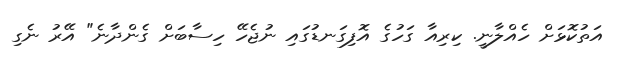
އަތުކޮޅަށް ހެއްލާނީ. ކިރިއާ ގަހުގެ އޮފިގަނޑުގައި ނުޖެހޭ ހިސާބަށް ގެންދާނެ" އޭރު ނެގި